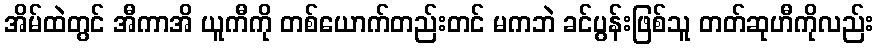
အိမ်ထဲတွင် အီကာအိ ယူကီကို တစ်ယောက်တည်းတင် မကဘဲ ခင်ပွန်းဖြစ်သူ တတ်ဆုဟီကိုလည်း